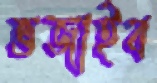
ভজাইব